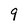
Character: 9